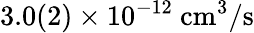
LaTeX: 3.0(2)\times 10^{-12}\ \mathrm{cm^{3}/s}